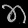
Digit: ၈